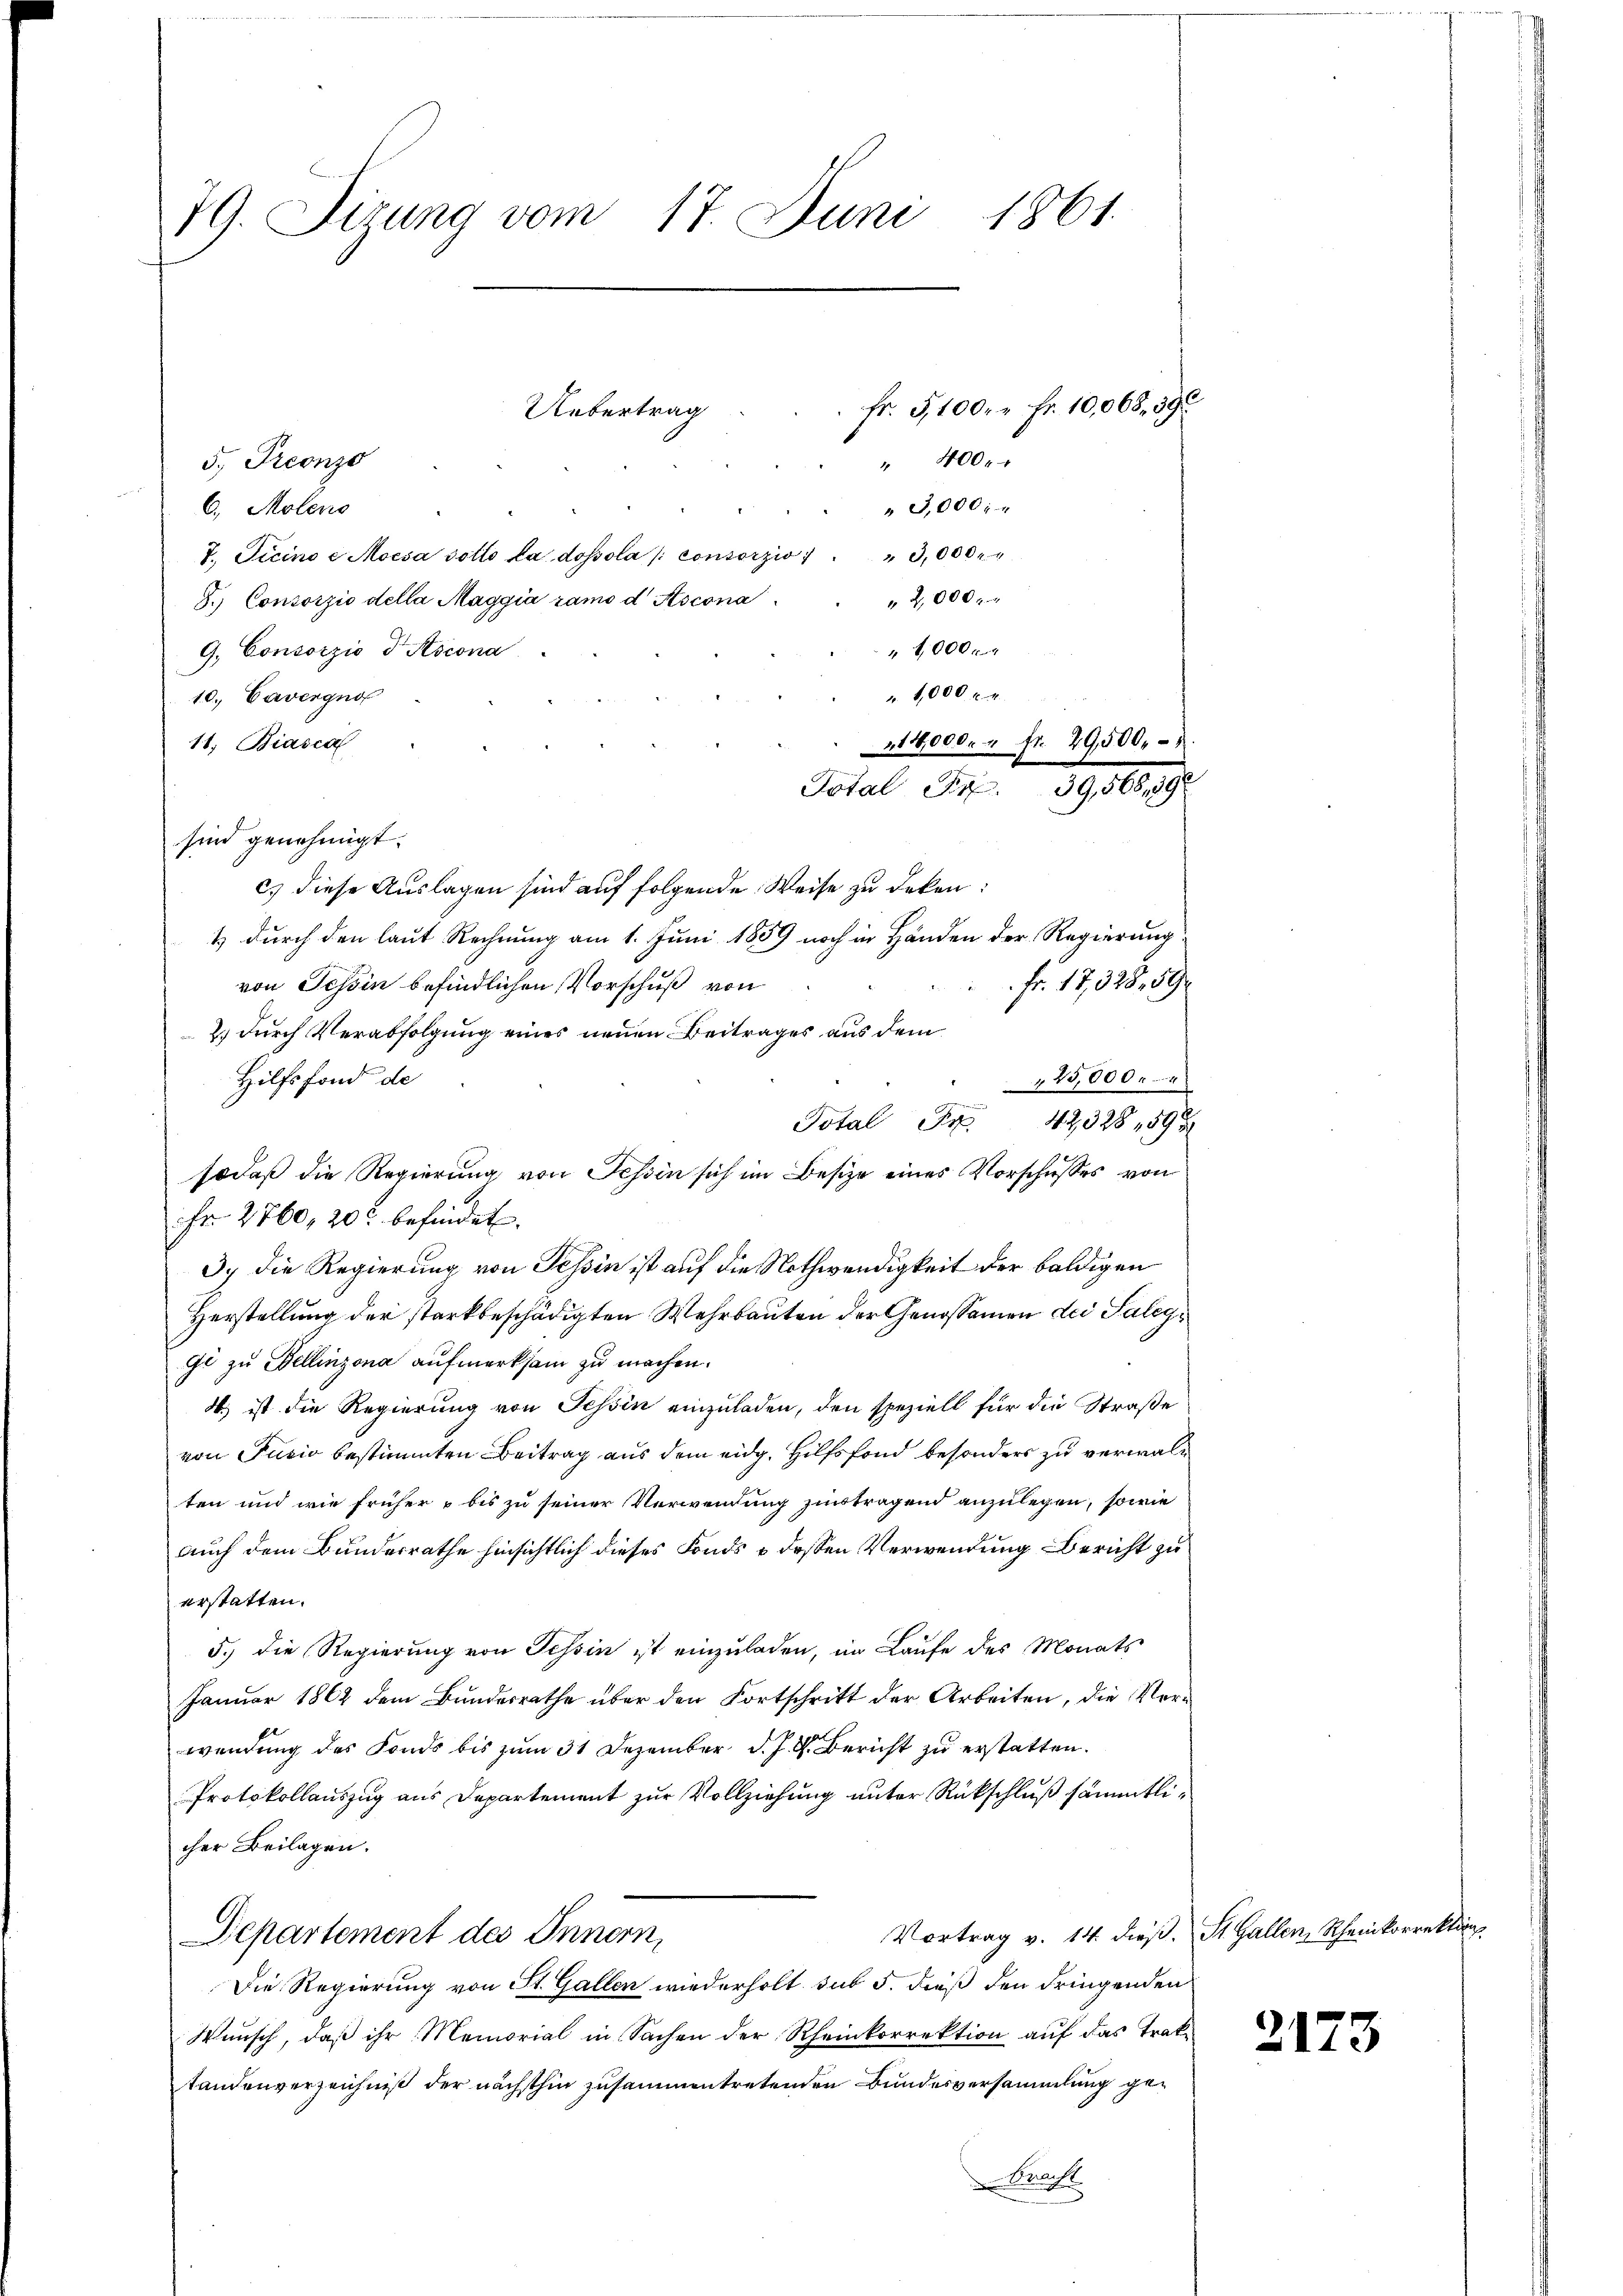
79. Sizung vom 17. Juni 1861.

Uebertrag

Fr. 5100. Fr. 10,068, 390
" 400.
3,000.

5.) Treonzo
6., Moleno
7. Ticino e Moisa sotto la dossola consorzio 3,000
2,000 x
T.) Consorzio della Maggia ramo d Ascona
1000f
G. Consorzio d Ascona
1,000 f 4
10. Cavergno
11. Biasca
Total S. 39,566,892
sind genehmigt.
c) diese Auslagen sind auf folgende Weise zu deken:
1 durch den laut Rechnung am 1. Juni 1859 noch in Händen der Regierung
Fr. 17,328, 594
von Tessin befindlichen Vorschuß von
2) durch Verabfolgung eines neuen Beitrages aus dem
Hilfsfond de
25,000. 4
Totale 42328 59 x
sodaß die Regierung von Tessin sich im Besize eines Vorschusses von
Fr. 2760, 20 befindet.
3.) Die Regierung von Tessin ist auf die Nothwendigkeit der baldigen
Herstellung der starkbeschädigten Wehrbauten der Genossamen der Saleyge zu Bellinzona aufmerksam zu machen.
4.) ist die Regierung von Tessin einzuladen, den speziell für die Straße
von Fusio bestimmten Beitrag aus dem eidg. Hilfsfond besonders zu verwalten und wie früher & bis zu seiner Verwendung zutragend anzulegen, sowie
auch dem Bundesrathe hinsichtlich dieses Fonds & dessen Verwendung Bericht zu
erstatten.
5.) Die Regierung von Tessin ist einzuladen, im Laufe des Monats
Januar 1862 dem Bundesrathe über den Fortschritt der Arbeiten, die Verwendung des Fonds bis zum 31 Dezember d. J. G. Bericht zu erstatten.
Protokollauszug aus Departement zur Vollziehung unter Rückschluß sämmtlicher Beilagen.
Vortrag v. 14. dieß. St. Gallen, Rheinkorrektion
Departement des Innern,
Die Regierung von St. Gallen wiederholt sub 5. dieß den dringenden
Wunsch, daß ihr Memorial in Sachen der Rheinkorrektion auf das Trakstandenverzeichniß der nächsthin zusammentretenden Bundesversammlung geracht

14,000. " fr. 29,500.

2173